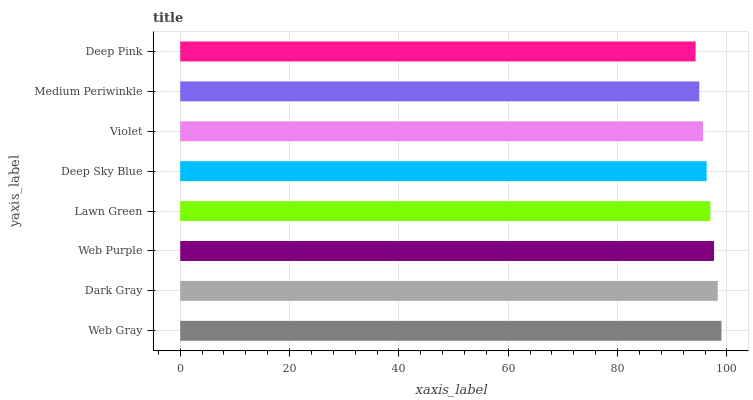
| yaxis_label | bars |
 | --- | --- |
 | Web Gray | 99 |
 | Dark Gray | 98.3 |
 | Web Purple | 97.6 |
 | Lawn Green | 97 |
 | Deep Sky Blue | 96.3 |
 | Violet | 95.6 |
 | Medium Periwinkle | 94.9 |
 | Deep Pink | 94.3 |